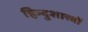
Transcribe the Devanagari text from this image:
हिन्दुशास्त्रों